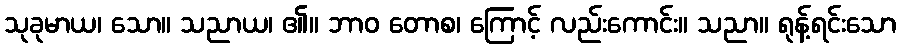
သုခုမာယ၊ သော။ သညာယ၊ ၏။ ဘာဝ တောစ၊ ကြောင့် လည်းကောင်း။ သညာ။ ရုန့်ရင်းသော